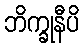
ဘိက္ခုနီပိ